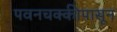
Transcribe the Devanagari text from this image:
पवनचक्कीपासून